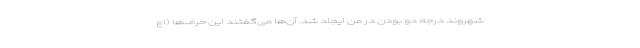
شهروند درجه دو بودن در من ایجاد شد. آن‌ها می‌گفتند این حرف‌ها (اع